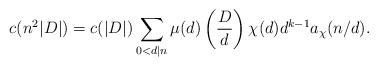
LaTeX: \begin{align*} c(n^2|D|) = c(|D|)\sum_{0<d \mid n} \mu(d) \left(\frac{D}{d}\right) \chi(d) d^{k-1}a_{\chi}(n/d). \end{align*}